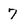
Character: 7